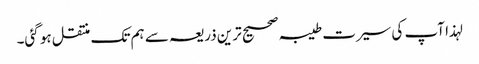
لہذا آپ کی سیرت طیبہ صحیح ترین ذریعہ سے ہم تک منتقل ہو گئی۔